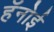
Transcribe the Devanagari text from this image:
हॅनोई